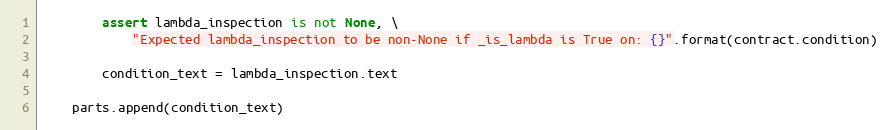
Language: Python
        assert lambda_inspection is not None, \
            "Expected lambda_inspection to be non-None if _is_lambda is True on: {}".format(contract.condition)

        condition_text = lambda_inspection.text

    parts.append(condition_text)